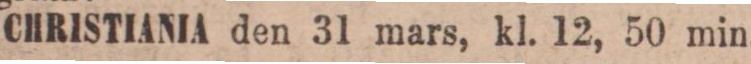
CHRISTIANIA den 31 mars, kl. 12, 50 min.